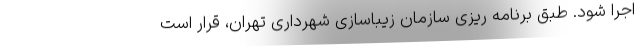
اجرا شود. طبق برنامه ریزی سازمان زیباسازی شهرداری تهران، قرار است